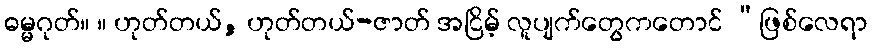
ဓမ္မဂုတ်။ ။ ဟုတ်တယ်, ဟုတ်တယ်-ဇာတ် အငြိမ့် လူပျက်တွေကတောင် “ဖြစ်လေရာ